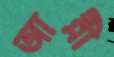
আন্নী